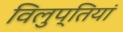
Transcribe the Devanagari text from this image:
विलुप्तियां